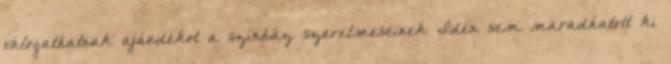
válogathatnak ajándékot a színház szerelmeseinek Idén sem maradhatott ki